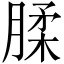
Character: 腬